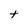
Character: t